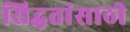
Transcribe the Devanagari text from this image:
सिद्धतांसाठी